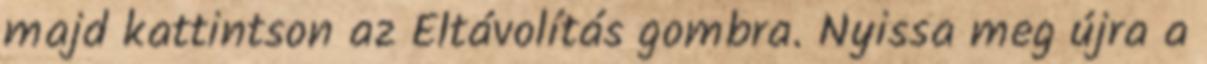
majd kattintson az Eltávolítás gombra. Nyissa meg újra a